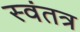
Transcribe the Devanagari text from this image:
स्‍वंतत्र